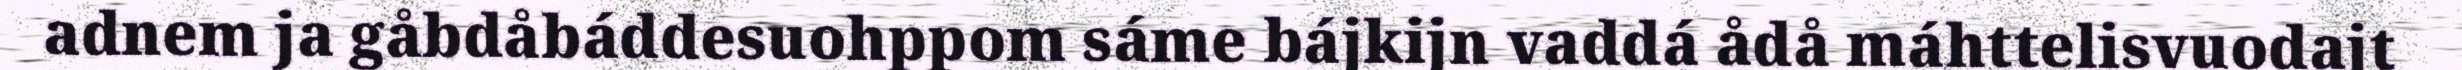
adnem ja gåbdåbáddesuohppom sáme bájkijn vaddá ådå máhttelisvuodajt